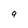
Character: 9